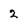
Character: 2